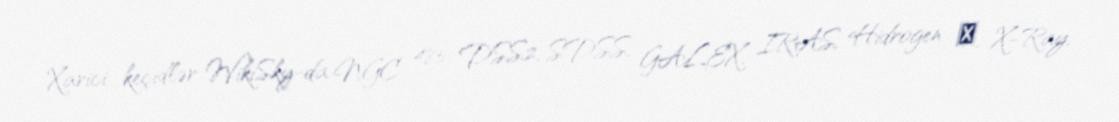
Xarici keçidlər WikiSky-da NGC 485: DSS2, SDSS, GALEX, IRAS, Hidrogen α, X-Ray,